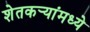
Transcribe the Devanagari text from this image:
शेतकर्‍यांमध्ये